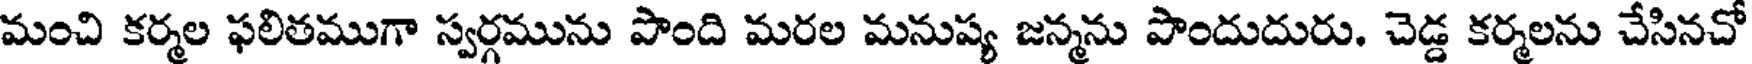
మంచి కర్మల ఫలితముగా స్వర్గమును పొంది మరల మనుష్య జన్మను పొందుదురు. చెడ్డ కర్మలను చేసినచో